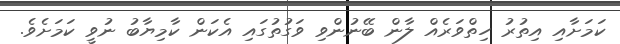
ކަމަށާއި އިތުރު ހިތްވަރެއް ލާން ބޭނުންވި ވަގުތުގައި އެކަން ކާމިޔާބު ނުވީ ކަމަށެވެ.